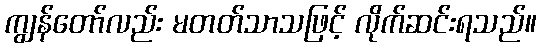
ကျွန်တော်လည်း မတတ်သာသဖြင့် လိုက်ဆင်းရသည်။